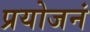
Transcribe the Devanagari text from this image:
प्रयोजनं